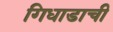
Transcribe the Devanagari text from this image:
गिधाडाची